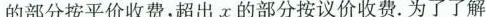
的部分按平价收费，超出x的部分按议价收费。为了了解